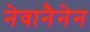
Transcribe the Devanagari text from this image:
नेवानैनेन